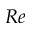
R e